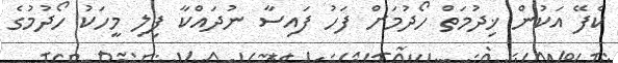
ކެފޭ އަކުން ޚިދުމަތް ހޯދުމަށް ފަހު ފައިސާ ނުދައްކާ ފިލި މީހަކު ހޯދުމުގެ